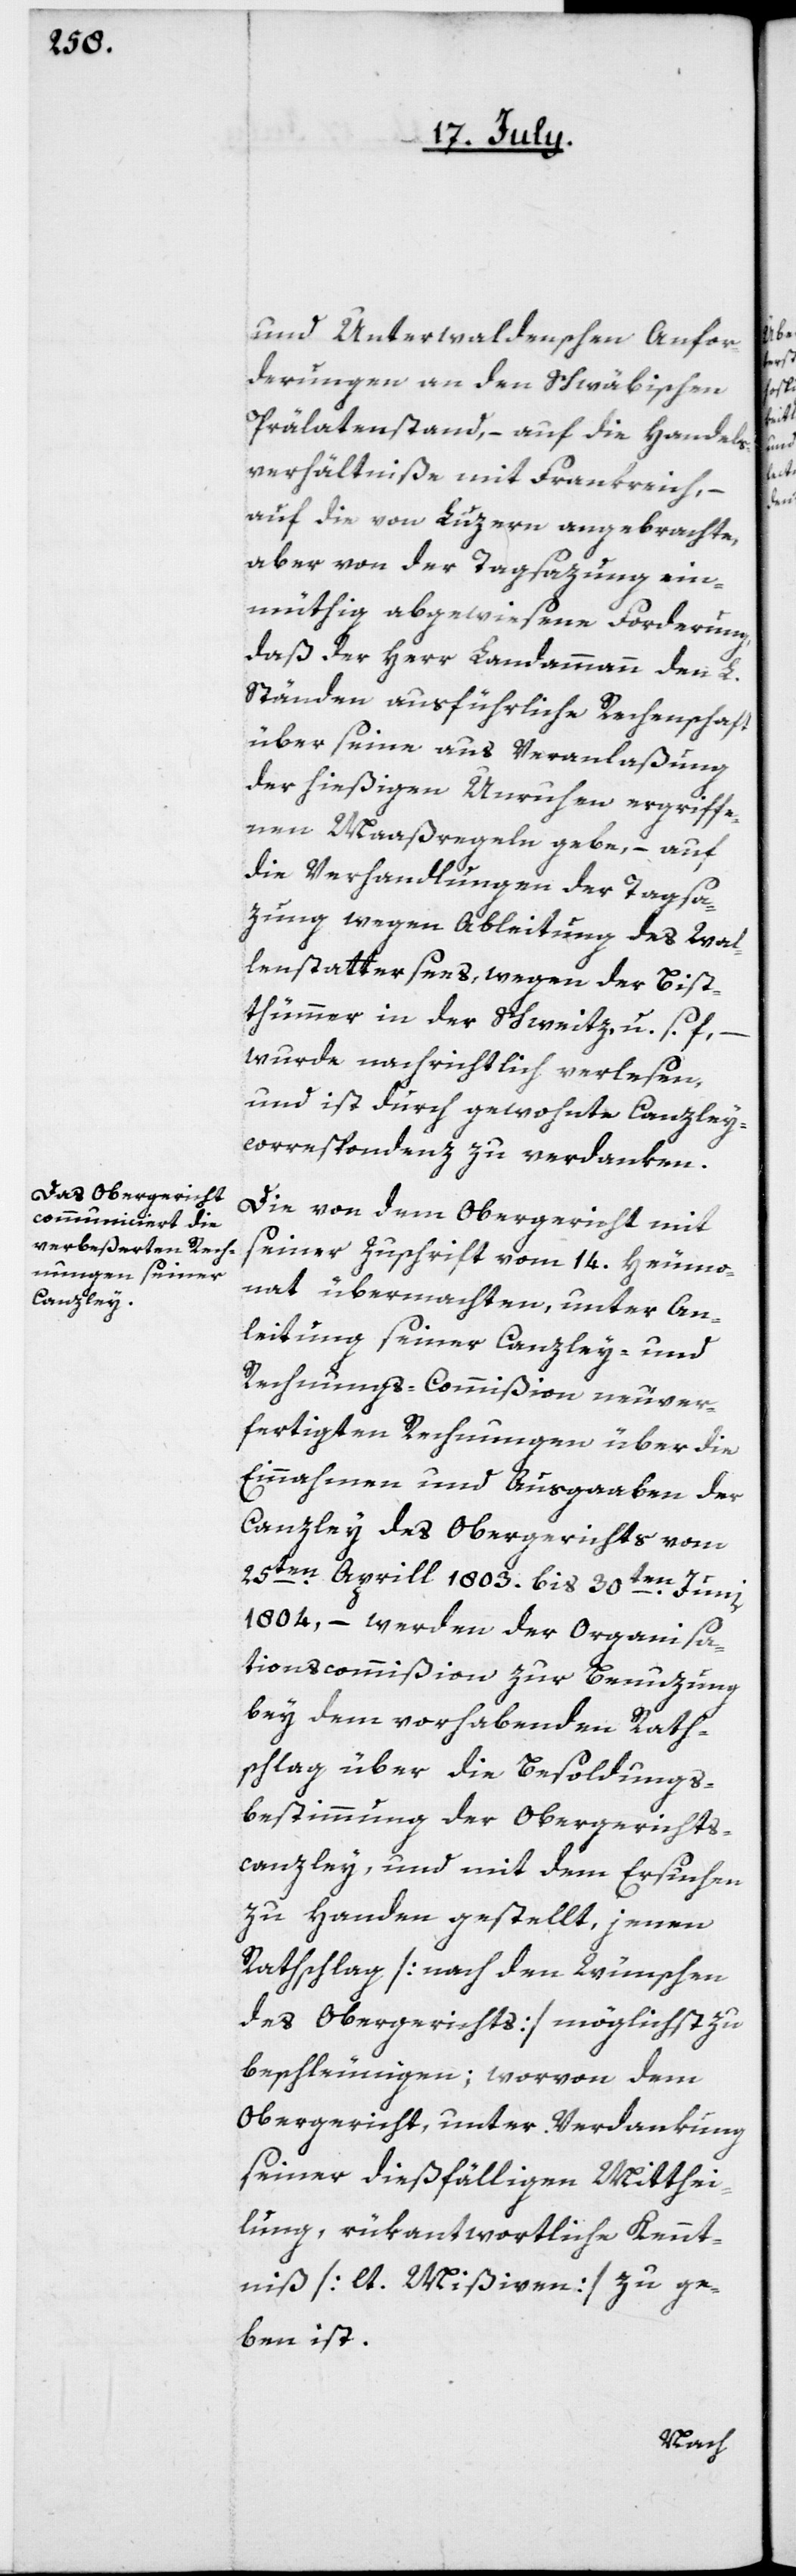
und Unterwaldenschen Anfor¬
derungen an den Schwäbischen
Prälatenstand, – auf die Handels¬
verhältniße mit Frankreich, –
auf die von Luzern angebrachte,
aber von der Tagsazung ein¬
müthig abgewiesene Forderung,
daß der Herr Landammann den L.
Ständen ausführliche Rechenschaft
über seine aus Veranlaßung
der hießigen Unruhen ergriffe¬
nen Maaßregeln gebe, – auf
die Verhandlungen der Tagsa¬
zung wegen Ableitung des Wa¬
lenstattersees, – wegen der Bis¬
thümmer in der Schweitz, u. s. f.,
wurde nachrichtlich verlesen,
und ist durch gewohnte Canzley¬
correspondenz zu verdanken.
Die von dem Obergericht mit
seiner Zuschrift vom 14. Heumo¬
nat übermachten, unter An¬
leitung seiner Canzley- und
Rechnungs-Commißion neuver¬
fertigten Rechnungen über die
Einnahmen und Ausgaaben der
Canzley des Obergerichts vom
25ten Aprill 1803. bis 30ten Junii
1804, – werden der Organisa¬
tionscommißion zur Benuzung
bey dem vorhabenden Rath¬
schlag über die Besoldungs¬
bestimmung der Obergerichts¬
canzley, und mit dem Ersuchen
zu Handen gestellt, jenen
Rathschlag [nach den Wünschen
des Obergerichts] möglichst zu
beschleunigen; worvon dem
Obergericht, unter Verdankung
seiner dießfälligen Mitthei¬
lung, rükantwortliche Kennt¬
niß [lt. Mißiven] zu ge¬
ben ist.